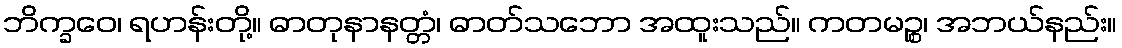
ဘိက္ခဝေ၊ ရဟန်းတို့။ ဓာတုနာနတ္တံ၊ ဓာတ်သဘော အထူးသည်။ ကတမဉ္စ၊ အဘယ်နည်း။